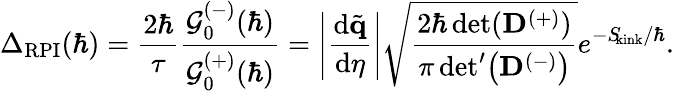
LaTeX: \Delta_{\mathrm{RPI}}(\hbar)=\frac{2\hbar}{\tau}\frac{\mathcal{G}_{0}^{(-)}(\hbar)}{\mathcal{G}_{0}^{(+)}(\hbar)}=\left|\frac{\mathrm{d}\tilde{\mathbf{q}}}{\mathrm{d}\eta}\right|\sqrt{\frac{2\hbar\operatorname*{det}(\mathbf{D}^{(+)})}{\pi\, \mathrm{det}^{\prime}\! \left({\mathbf{D}^{(-)}}\right)}}e^{-S_{\! \mathrm{kink}}/\hbar}.